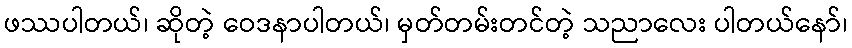
ဖဿပါတယ်၊ ဆိုတဲ့ ဝေဒနာပါတယ်၊ မှတ်တမ်းတင်တဲ့ သညာလေး ပါတယ်နော်၊